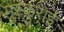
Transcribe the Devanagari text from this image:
मुस्कुराई